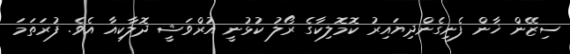
ސިޒޭން ޚާން ފެނިގެންދިޔައިރު ކޮމޮލިކާގެ ރޯލު ކުޅުނީ އުރްވަޝީ ދޮލާކިއާ އެވެ. ފުރަތަމަ